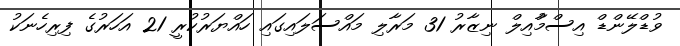
ވުޑްލޭންޑް އިސްމާުއިލް ނިޒާރު 31 މަރާލި މައްސަލައިގައި ހައްޔަރުކުރީ 21 އަހަރުގެ ފިރިހެނަކު